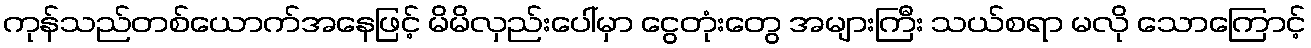
ကုန်သည်တစ်ယောက်အနေဖြင့် မိမိလှည်းပေါ်မှာ ငွေတုံးတွေ အများကြီး သယ်စရာ မလို သောကြောင့်